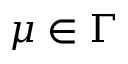
\mu \in \Gamma